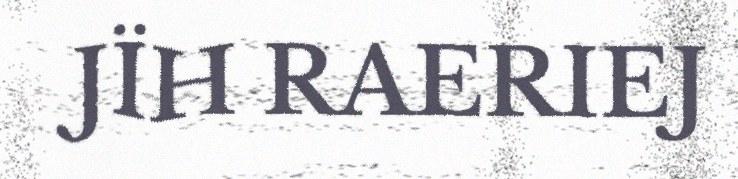
JÏH RAERIEJ